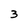
Character: 3